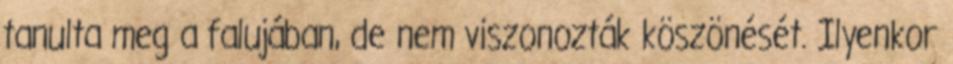
tanulta meg a falujában, de nem viszonozták köszönését. Ilyenkor